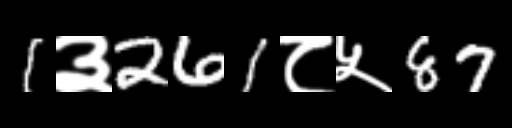
Text: 1३261८५87